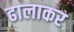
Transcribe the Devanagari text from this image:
ढालाकर